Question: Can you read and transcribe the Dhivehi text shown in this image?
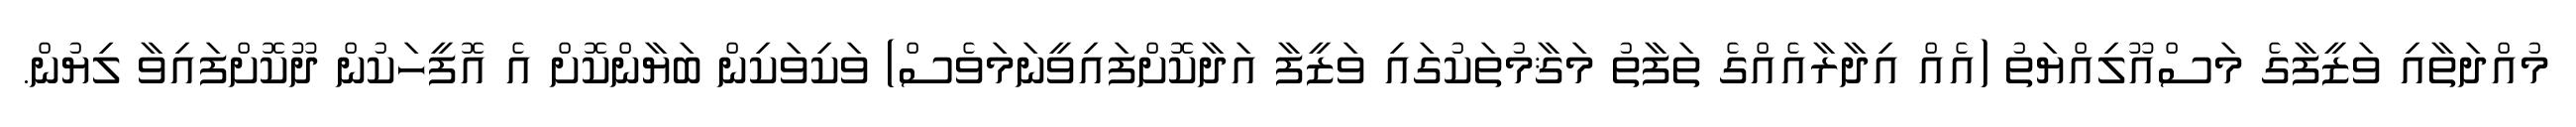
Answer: މުއްދަތާއި ވަޒީފާގެ މަސްއޫލިއްޔަތު (އެއް އިދާރާއެއްގެ ތަފާތު މަޤާމުތަކުގައި ވަޒީފާ އަދާކޮށްފައިވީނަމަވެސް) ވަކިވަކިން ބަޔާންކޮށް އެ އޮފީހަކުން ދޫކޮށްފައިވާ ލިޔުން.